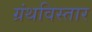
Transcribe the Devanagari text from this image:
ग्रंथविस्तार